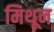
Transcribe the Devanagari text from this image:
मिथून